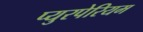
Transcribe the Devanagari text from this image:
प्युरपेरियम